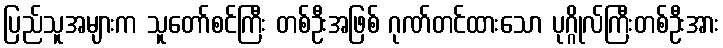
ပြည်သူအများက သူတော်စင်ကြီး တစ်ဦးအဖြစ် ဂုဏ်တင်ထားသော ပုဂ္ဂိုလ်ကြီးတစ်ဦးအား